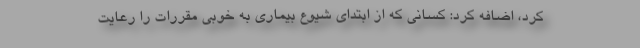
کرد، اضافه کرد: کسانی که از ابتدای شیوع بیماری به خوبی مقررات را رعایت